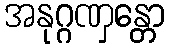
အနုဂ္ဂဏှန္တော